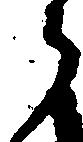
之